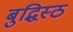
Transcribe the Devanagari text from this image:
बुद्धिस्ठ